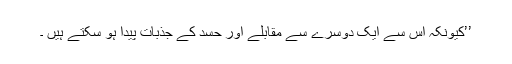
’’کیونکہ اس سے ایک دوسرے سے مقابلے اور حسد کے جذبات پیدا ہو سکتے ہیں ۔